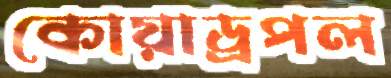
কোয়াড্রপল